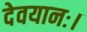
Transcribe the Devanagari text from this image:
देवयानः।